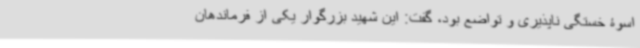
اسوۀ خستگی ناپذیری و تواضع بود، گفت: این شهید بزرگوار یکی از فرماندهان